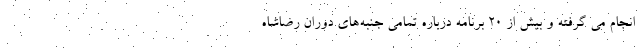
انجام می گرفته و بیش از ۲۰ برنامه درباره تمامی جنبه‌های دوران رضاشاه